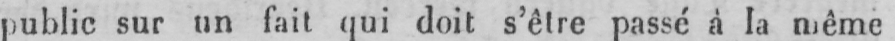
public sur un fait qui doit s’être passé à la même